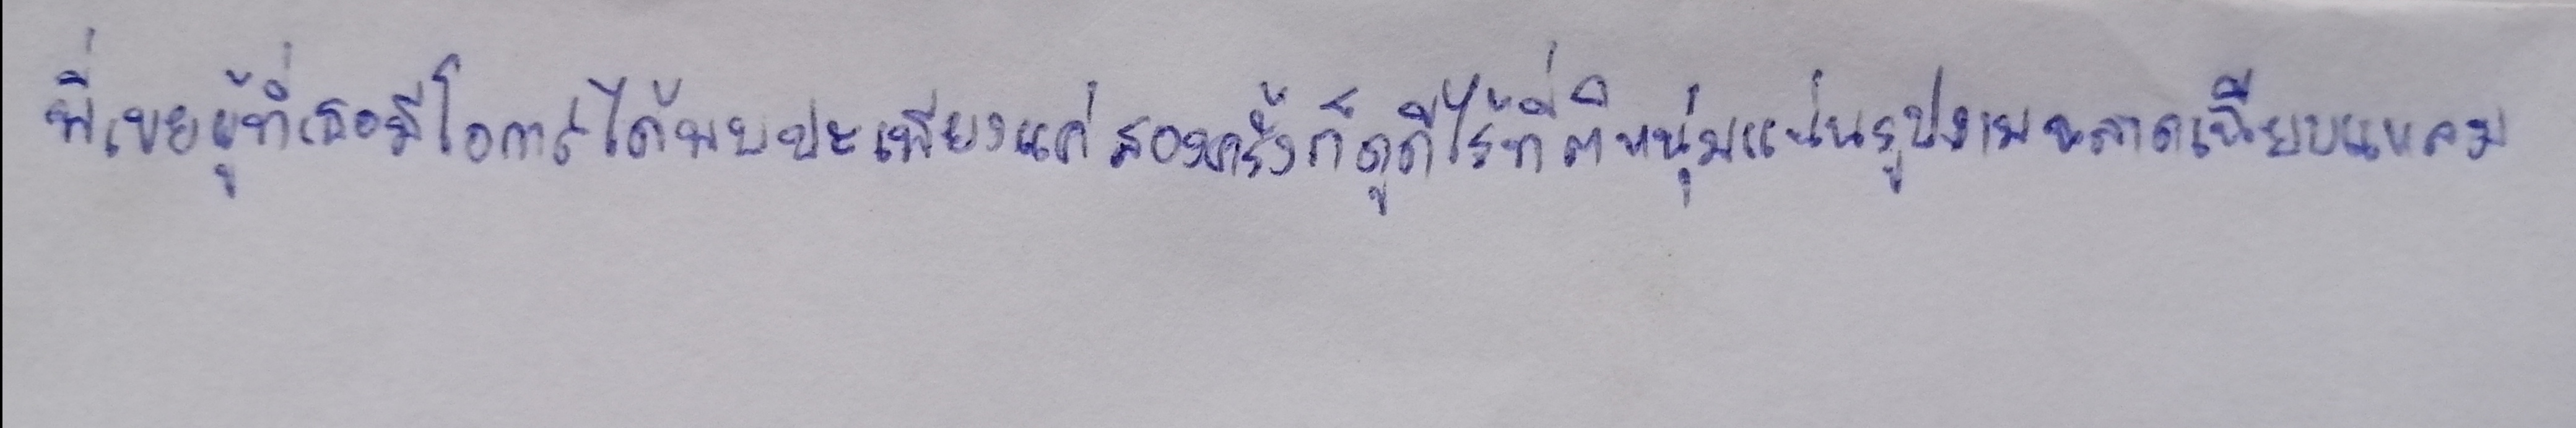
พี่เขยผู้ที่เธอมีโอกาสได้พบปะเพียงแค่สองครั้งก็ดูดีไร้ที่ติ...หนุ่มแน่นรูปงามฉลาดเฉียบแหลม